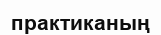
практиканың